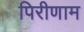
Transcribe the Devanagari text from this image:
पिरीणाम